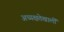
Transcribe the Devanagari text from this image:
अध्यक्षतेखालीं